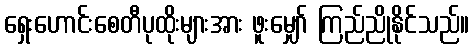
ရှေးဟောင်းစေတီပုထိုးများအား ဖူးမျှော် ကြည်ညိုနိုင်သည်။